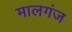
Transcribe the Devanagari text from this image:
मालगंज